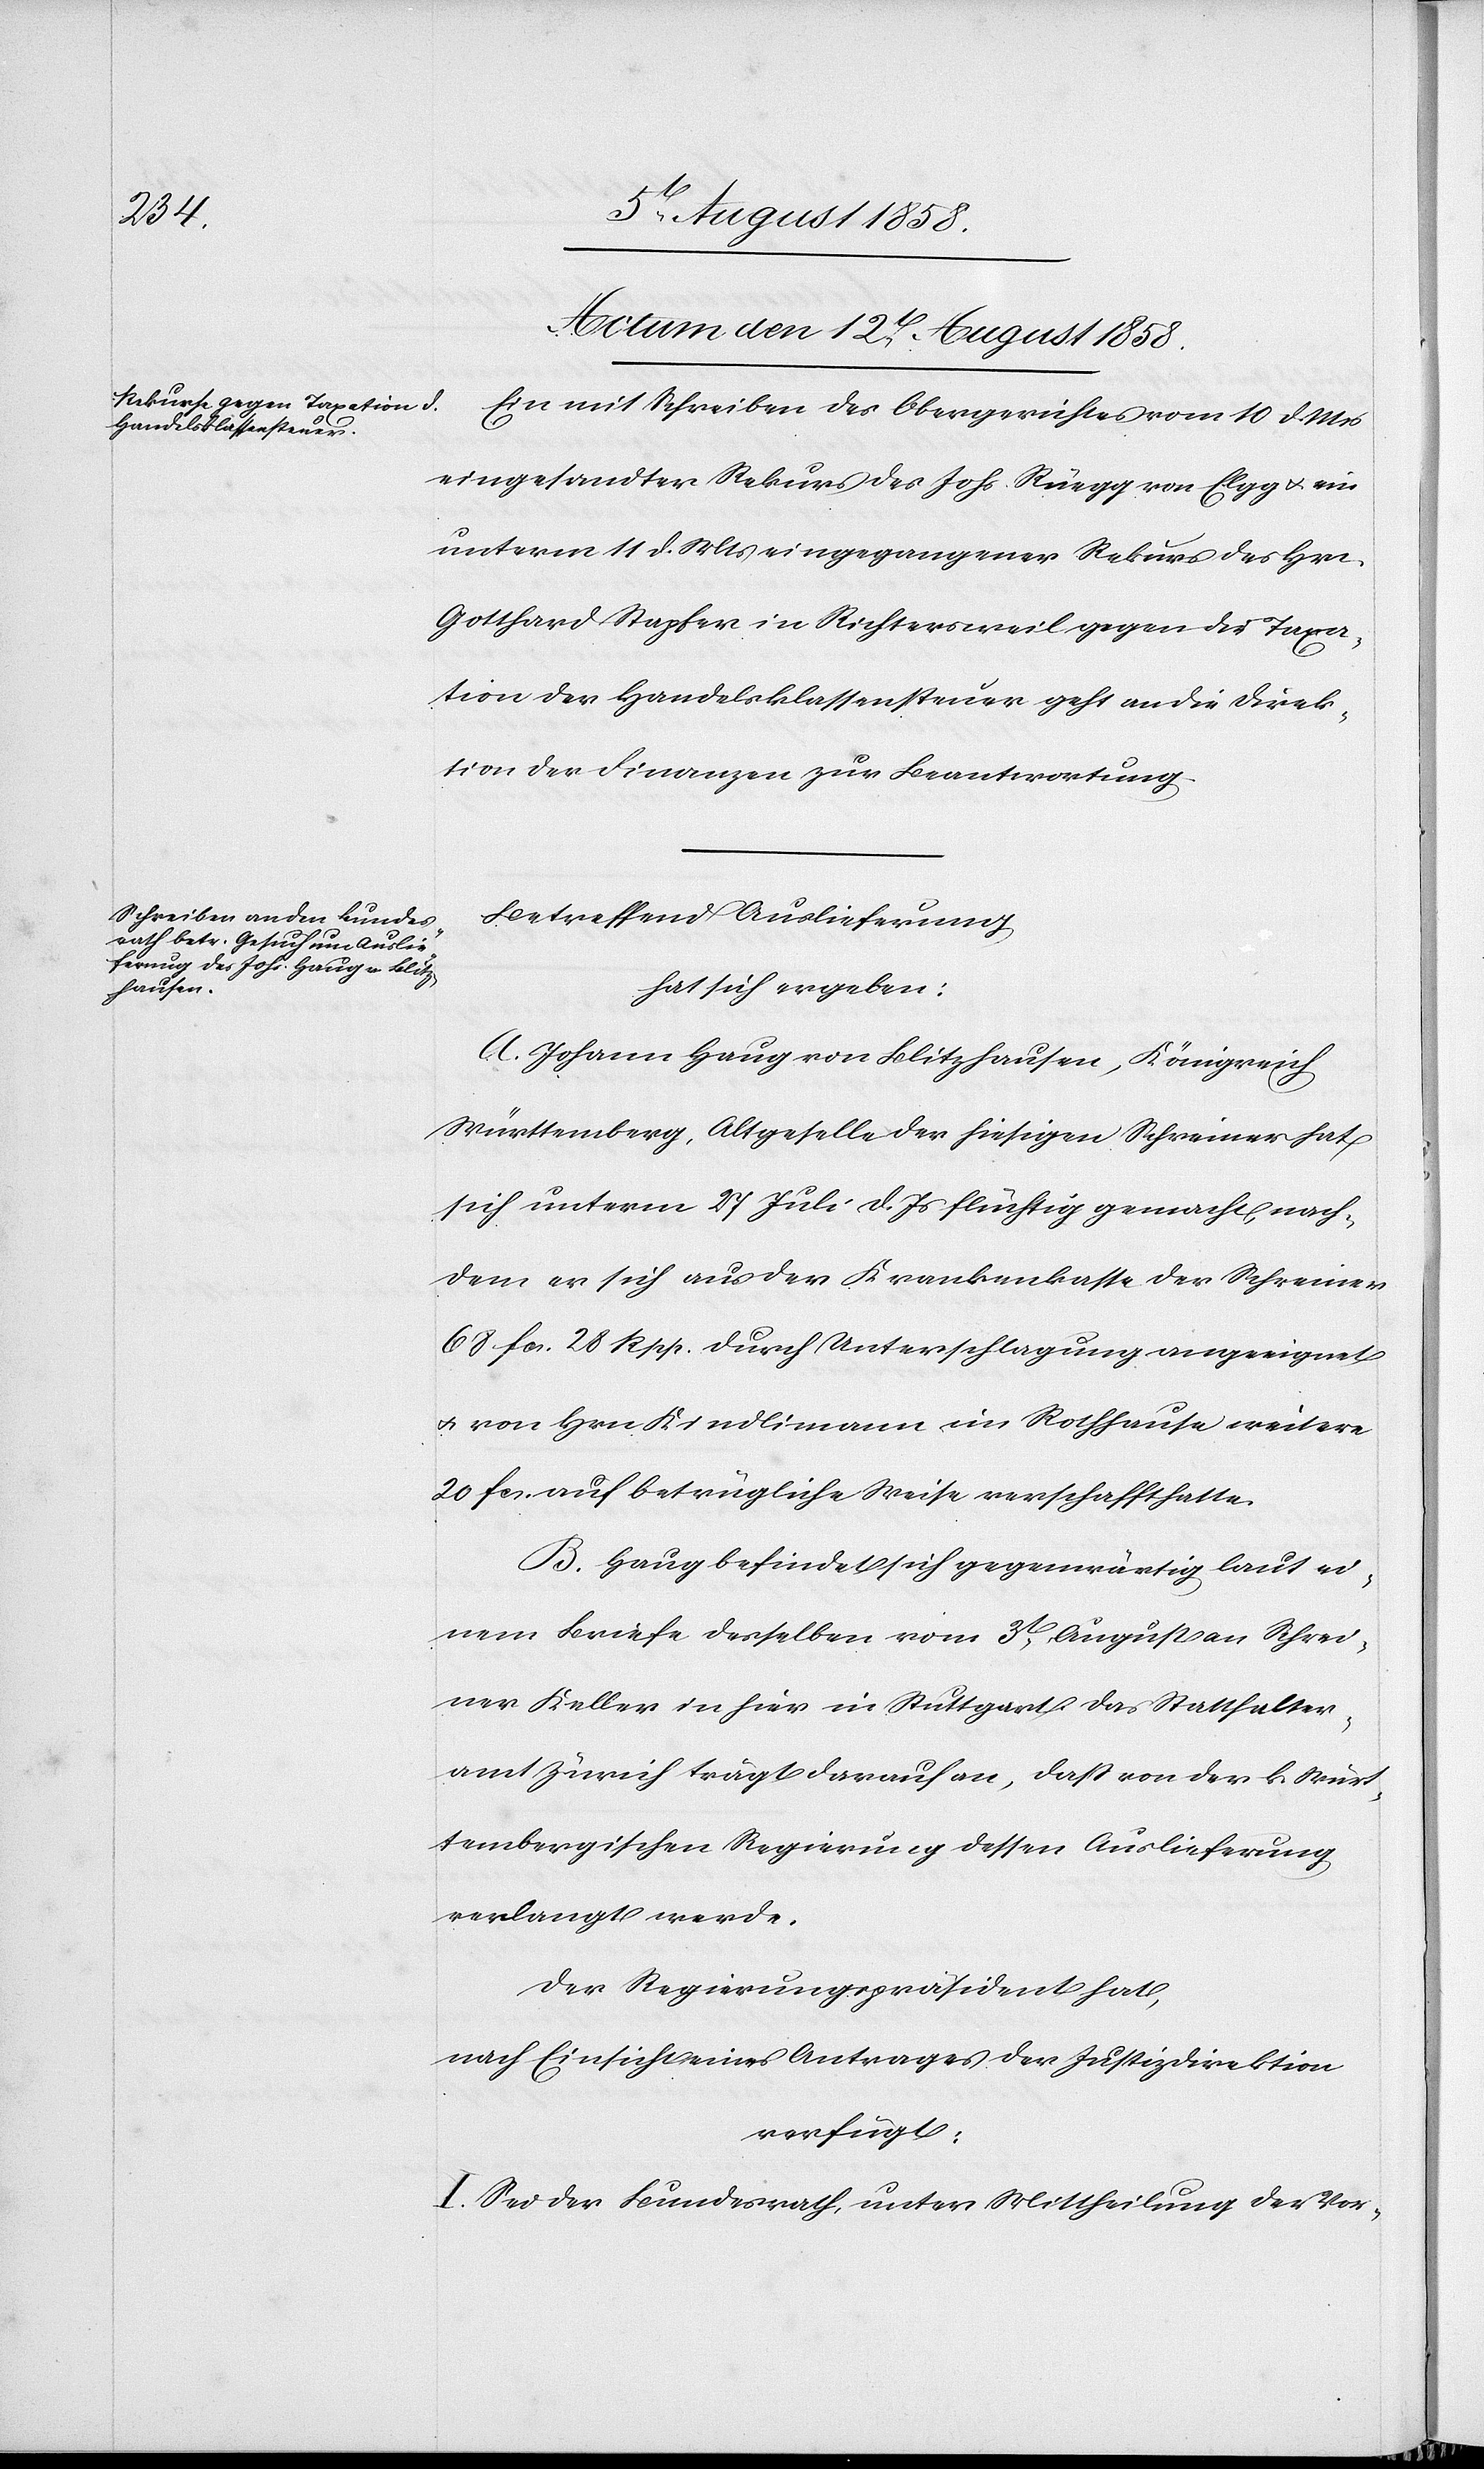
Actum den 12t. August 1858.]
Ein mit Schreiben des Obergerichtes vom 10 d. Mts
eingesandter Rekurs des Johs. Rüegg von Elgg & ein
unterm 11 d. Mts eingegangener Rekurs des Hrn.
Gotthard Stapfer in Richtersweil gegen die Taxa¬
tion der Handelsklassensteuer geht an die Direk¬
tion der Finanzen zur Beantwortung.
Betreffend Auslieferung
hat sich ergeben:
A. Johann Haug von Blitzhausen, Königreich
Württemberg, Altgeselle der hiesigen Schreiner hat
sich unterm 27 Juli d. Js flüchtig gemacht, nach¬
dem er sich aus der Krankenkasse der Schreiner
68 fcs. 28 Rpp. durch Unterschlagung angeeignet
& von Hrn. Kindlimann im Rothhause weitere
20 fcs. auf betrügliche Weise verschafft hatte.
B. Haug befindet sich gegenwärtig laut ei¬
nem Briefe desselben vom 3t August an Schrei¬
ner Keller in hier in Stuttgart. Das Statthalter¬
amt Zürich trägt darauf an, dass von der k. würt¬
tembergischen Regierung dessen Auslieferung
verlangt werde.
Der Regierungspräsident hat,
nach Einsicht eines Antrages der Justizdirektion
verfügt:
I. Sei der Bundesrath, unter Mittheilung der Vor-